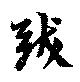
跋